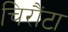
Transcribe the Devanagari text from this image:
चिरौंटा